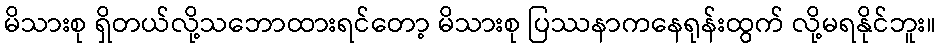
မိသားစု ရှိတယ်လို့သဘောထားရင်တော့ မိသားစု ပြဿနာကနေရုန်းထွက် လို့မရနိုင်ဘူး။